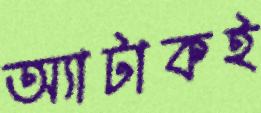
অ্যাটাকই